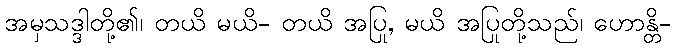
အမှသဒ္ဒါတို့၏၊ တယိ မယိ- တယိ အပြု, မယိ အပြုတို့သည်၊ ဟောန္တိ-